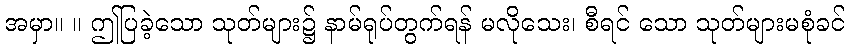
အမှာ။ ။ ဤပြခဲ့သော သုတ်များ၌ နာမ်ရုပ်တွက်ရန် မလိုသေး၊ စီရင် သော သုတ်များမစုံခင်